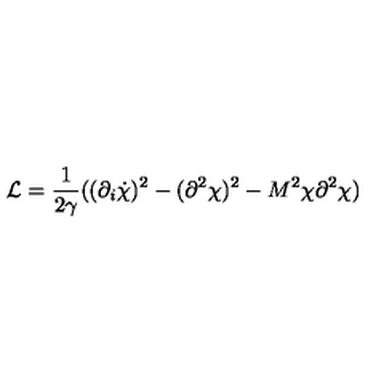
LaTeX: { \cal L } = \frac { 1 } { 2 \gamma } ( ( \partial _ { i } \dot { \chi } ) ^ { 2 } - ( \partial ^ { 2 } \chi ) ^ { 2 } - M ^ { 2 } \chi \partial ^ { 2 } \chi )